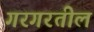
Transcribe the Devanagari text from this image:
गरगरतील